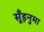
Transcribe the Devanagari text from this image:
सूँड़नुमा